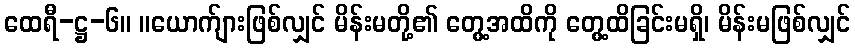
ထေရီ-ဋ္ဌ-၆။ ။ယောက်ျားဖြစ်လျှင် မိန်းမတို့၏ တွေ့အထိကို တွေ့ထိခြင်းမရှိ၊ မိန်းမဖြစ်လျှင်